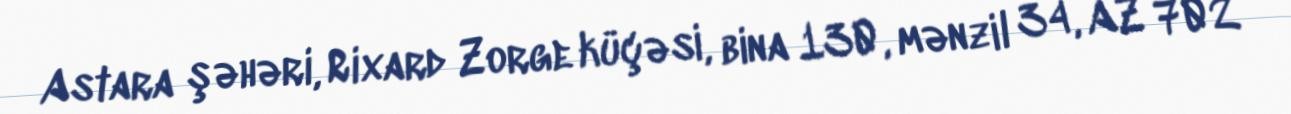
Astara şəhəri, Rixard Zorge küçəsi, bina 130, mənzil 34, AZ 702